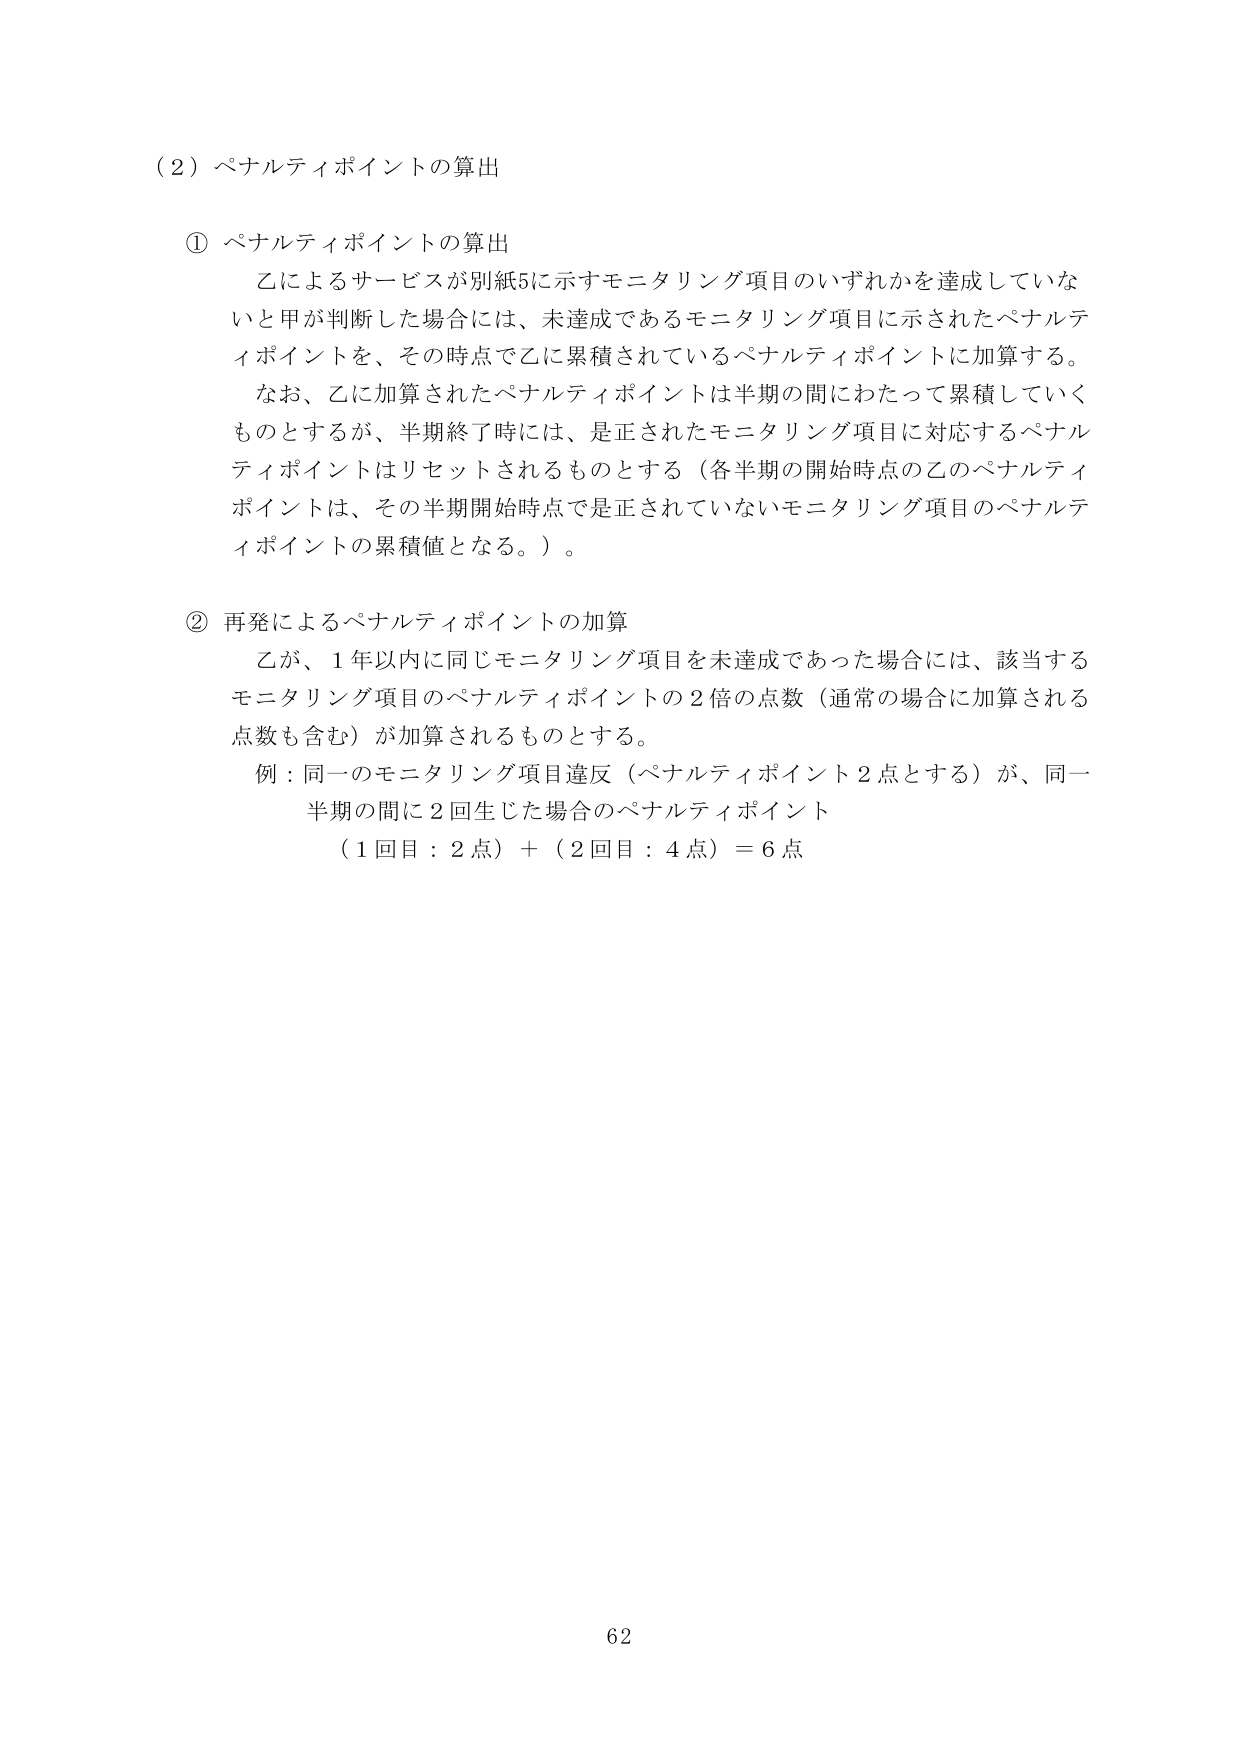
（2）ペナルティポイントの算出

① ペナルティポイントの算出
　乙によるサービスが別紙5に示すモニタリング項目のいずれかを達成していないと甲が判断した場合には、未達成であるモニタリング項目に示されたペナルティポイントを、その時点で乙に累積されているペナルティポイントに加算する。
　なお、乙に加算されたペナルティポイントは半期の間にわたって累積していくものとするが、半期終了時には、是正されたモニタリング項目に対応するペナルティポイントはリセットされるものとする（各半期の開始時点の乙のペナルティポイントは、その半期開始時点で是正されていないモニタリング項目のペナルティポイントの累積値となる。）。

② 再発によるペナルティポイントの加算
　乙が、1年以内に同じモニタリング項目を未達成であった場合には、該当するモニタリング項目のペナルティポイントの2倍の点数（通常の場合に加算される点数も含む）が加算されるものとする。
　例：同一のモニタリング項目違反（ペナルティポイント2点とする）が、同一半期の間に2回生じた場合のペナルティポイント
　　（1回目：2点）＋（2回目：4点）＝6点

62